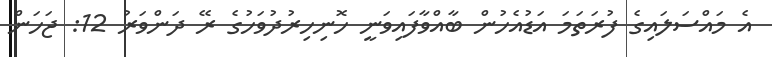
އެ މައްސަލައިގެ ފުރަތަމަ އަޑުއެހުން ބާއްވާފައިވަނީ ހޮނިހިރުދުވަހުގެ ރޭ ދަންވަރު 12: ޖަހަން